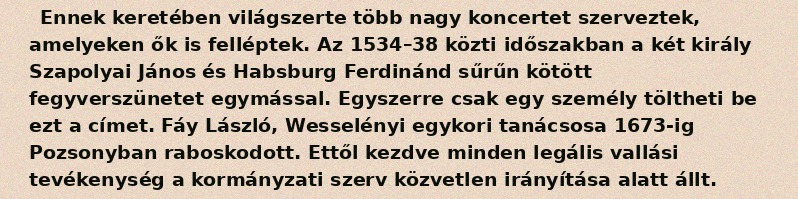
Ennek keretében világszerte több nagy koncertet szerveztek, amelyeken ők is felléptek. Az 1534–38 közti időszakban a két király Szapolyai János és Habsburg Ferdinánd sűrűn kötött fegyverszünetet egymással. Egyszerre csak egy személy töltheti be ezt a címet. Fáy László, Wesselényi egykori tanácsosa 1673-ig Pozsonyban raboskodott. Ettől kezdve minden legális vallási tevékenység a kormányzati szerv közvetlen irányítása alatt állt.